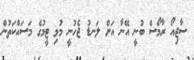
ސާޖިއޯ ރާމޯސް ބުނީ އޭނާ އަށް ލަނޑު ޖެހުނީ މުޅި ޓީމުގެ މަސައްކަތުން